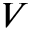
V